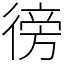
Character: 徬